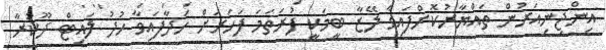
އިންޖިނިއަރުން ތައްޔާރުކޮށްފައިވާ ލޭޒާ ބީމަކީ ފުރަތަމަ ފަހަރަށް ހަދާފައިވާ ހުދު ލައިޓް ދޫކުރާ